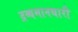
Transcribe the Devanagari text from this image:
द्रव्यमानधारी